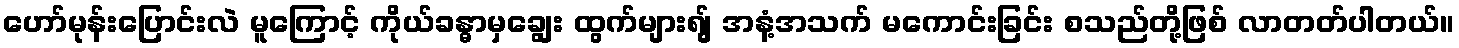
ဟော်မုန်းပြောင်းလဲ မူကြောင့် ကိုယ်ခန္ဓာမှချွေး ထွက်များရျ် အနံ့အသက် မကောင်းခြင်း စသည်တို့ဖြစ် လာတတ်ပါတယ်။